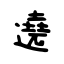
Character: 遶